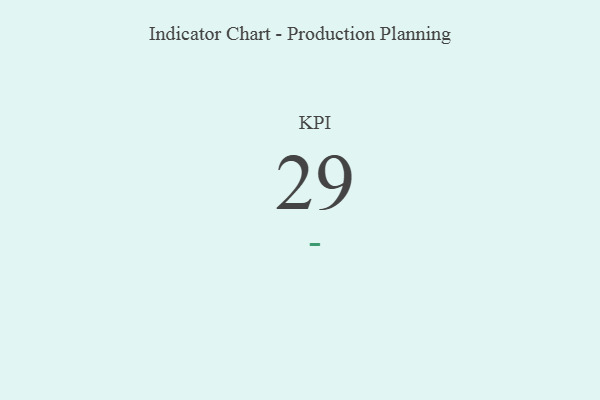
{"axis": {"x": "KPI", "y": "Value"}, "legend": [""], "data": [{"x": "KPI", "y": 29, "type": ""}]}